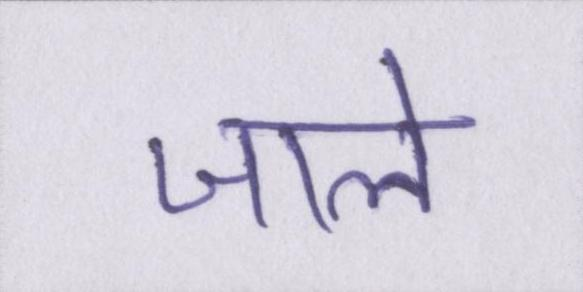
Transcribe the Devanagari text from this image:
जाले